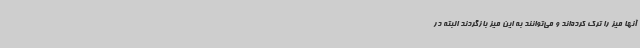
آنها میز را ترک کرده‌اند و می‌توانند به این میز بازگردند البته در